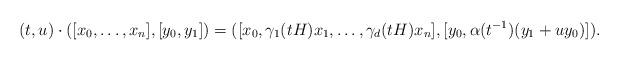
LaTeX: \begin{align*}(t,u)\cdot([x_0,\ldots,x_n],[y_0,y_1]) = ([x_0,\gamma_1(tH)x_1,\ldots,\gamma_d(tH)x_n],[y_0,\alpha(t^{-1})(y_1+uy_0)]).\end{align*}